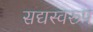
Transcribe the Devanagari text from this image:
सद्यस्वरूप